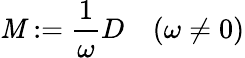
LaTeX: \mathit{M}:={\frac{{1}}{{\omega}}}D\quad(\omega\neq0)